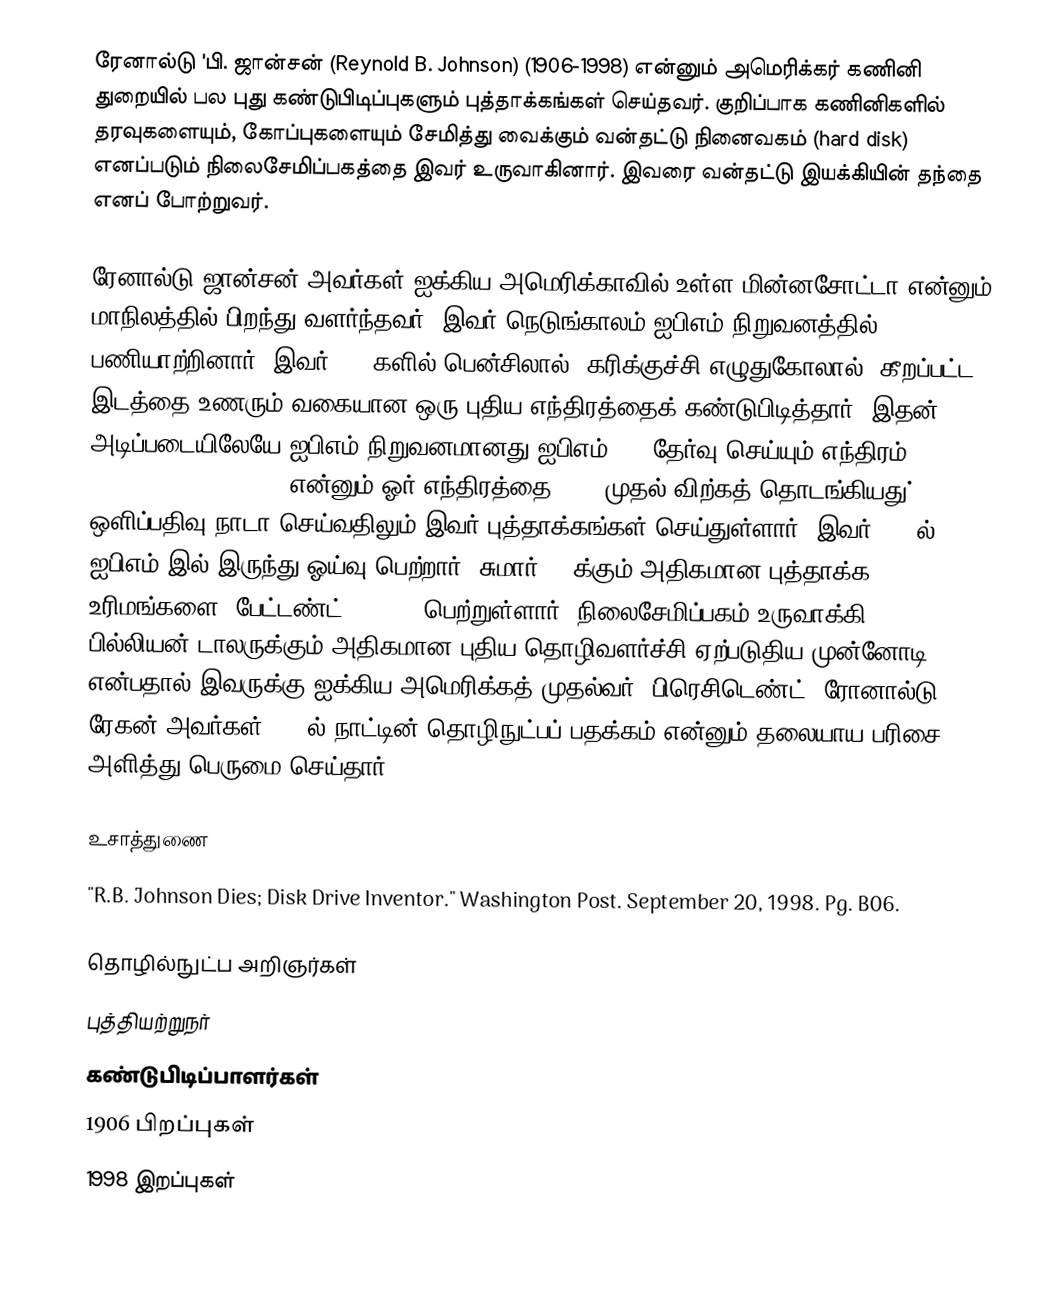
ரேனால்டு 'பி. ஜான்சன் (Reynold B. Johnson) (1906-1998) என்னும் அமெரிக்கர் கணினி துறையில் பல புது கண்டுபிடிப்புகளும் புத்தாக்கங்கள் செய்தவர். குறிப்பாக கணினிகளில் தரவுகளையும், கோப்புகளையும் சேமித்து வைக்கும் வன்தட்டு நினைவகம் (hard disk) எனப்படும் நிலைசேமிப்பகத்தை இவர் உருவாகினார். இவரை வன்தட்டு இயக்கியின் தந்தை எனப் போற்றுவர்.

ரேனால்டு ஜான்சன் அவர்கள் ஐக்கிய அமெரிக்காவில் உள்ள மின்னசோட்டா என்னும் மாநிலத்தில் பிறந்து வளர்ந்தவர். இவர் நெடுங்காலம் ஐபிஎம் நிறுவனத்தில் பணியாற்றினார். இவர் 1930களில் பென்சிலால் (கரிக்குச்சி எழுதுகோலால்) கீறப்பட்ட இடத்தை உணரும் வகையான ஒரு புதிய எந்திரத்தைக் கண்டுபிடித்தார். இதன் அடிப்படையிலேயே ஐபிஎம் நிறுவனமானது ஐபிஎம் 805 தேர்வு செய்யும் எந்திரம் (IBM 805 Test Scoring Machine) என்னும் ஓர் எந்திரத்தை 1937 முதல் விற்கத் தொடங்கியது். ஒளிப்பதிவு நாடா செய்வதிலும் இவர் புத்தாக்கங்கள் செய்துள்ளார். இவர் 1971ல் ஐபிஎம் இல் இருந்து ஓய்வு பெற்றார். சுமார் 90 க்கும் அதிகமான புத்தாக்க உரிமங்களை (பேட்டண்ட் Patent) பெற்றுள்ளார். நிலைசேமிப்பகம் உருவாக்கி 10 பில்லியன் டாலருக்கும் அதிகமான புதிய தொழிவளர்ச்சி ஏற்படுதிய முன்னோடி என்பதால் இவருக்கு ஐக்கிய அமெரிக்கத் முதல்வர் (பிரெசிடெண்ட்) ரோனால்டு ரேகன் அவர்கள் 1986ல் நாட்டின் தொழிநுட்பப் பதக்கம் என்னும் தலையாய பரிசை அளித்து பெருமை செய்தார்.

உசாத்துணை
 "R.B. Johnson Dies; Disk Drive Inventor." Washington Post. September 20, 1998. Pg. B06.

தொழில்நுட்ப அறிஞர்கள்
புத்தியற்றுநர்
கண்டுபிடிப்பாளர்கள்
1906 பிறப்புகள்
1998 இறப்புகள்